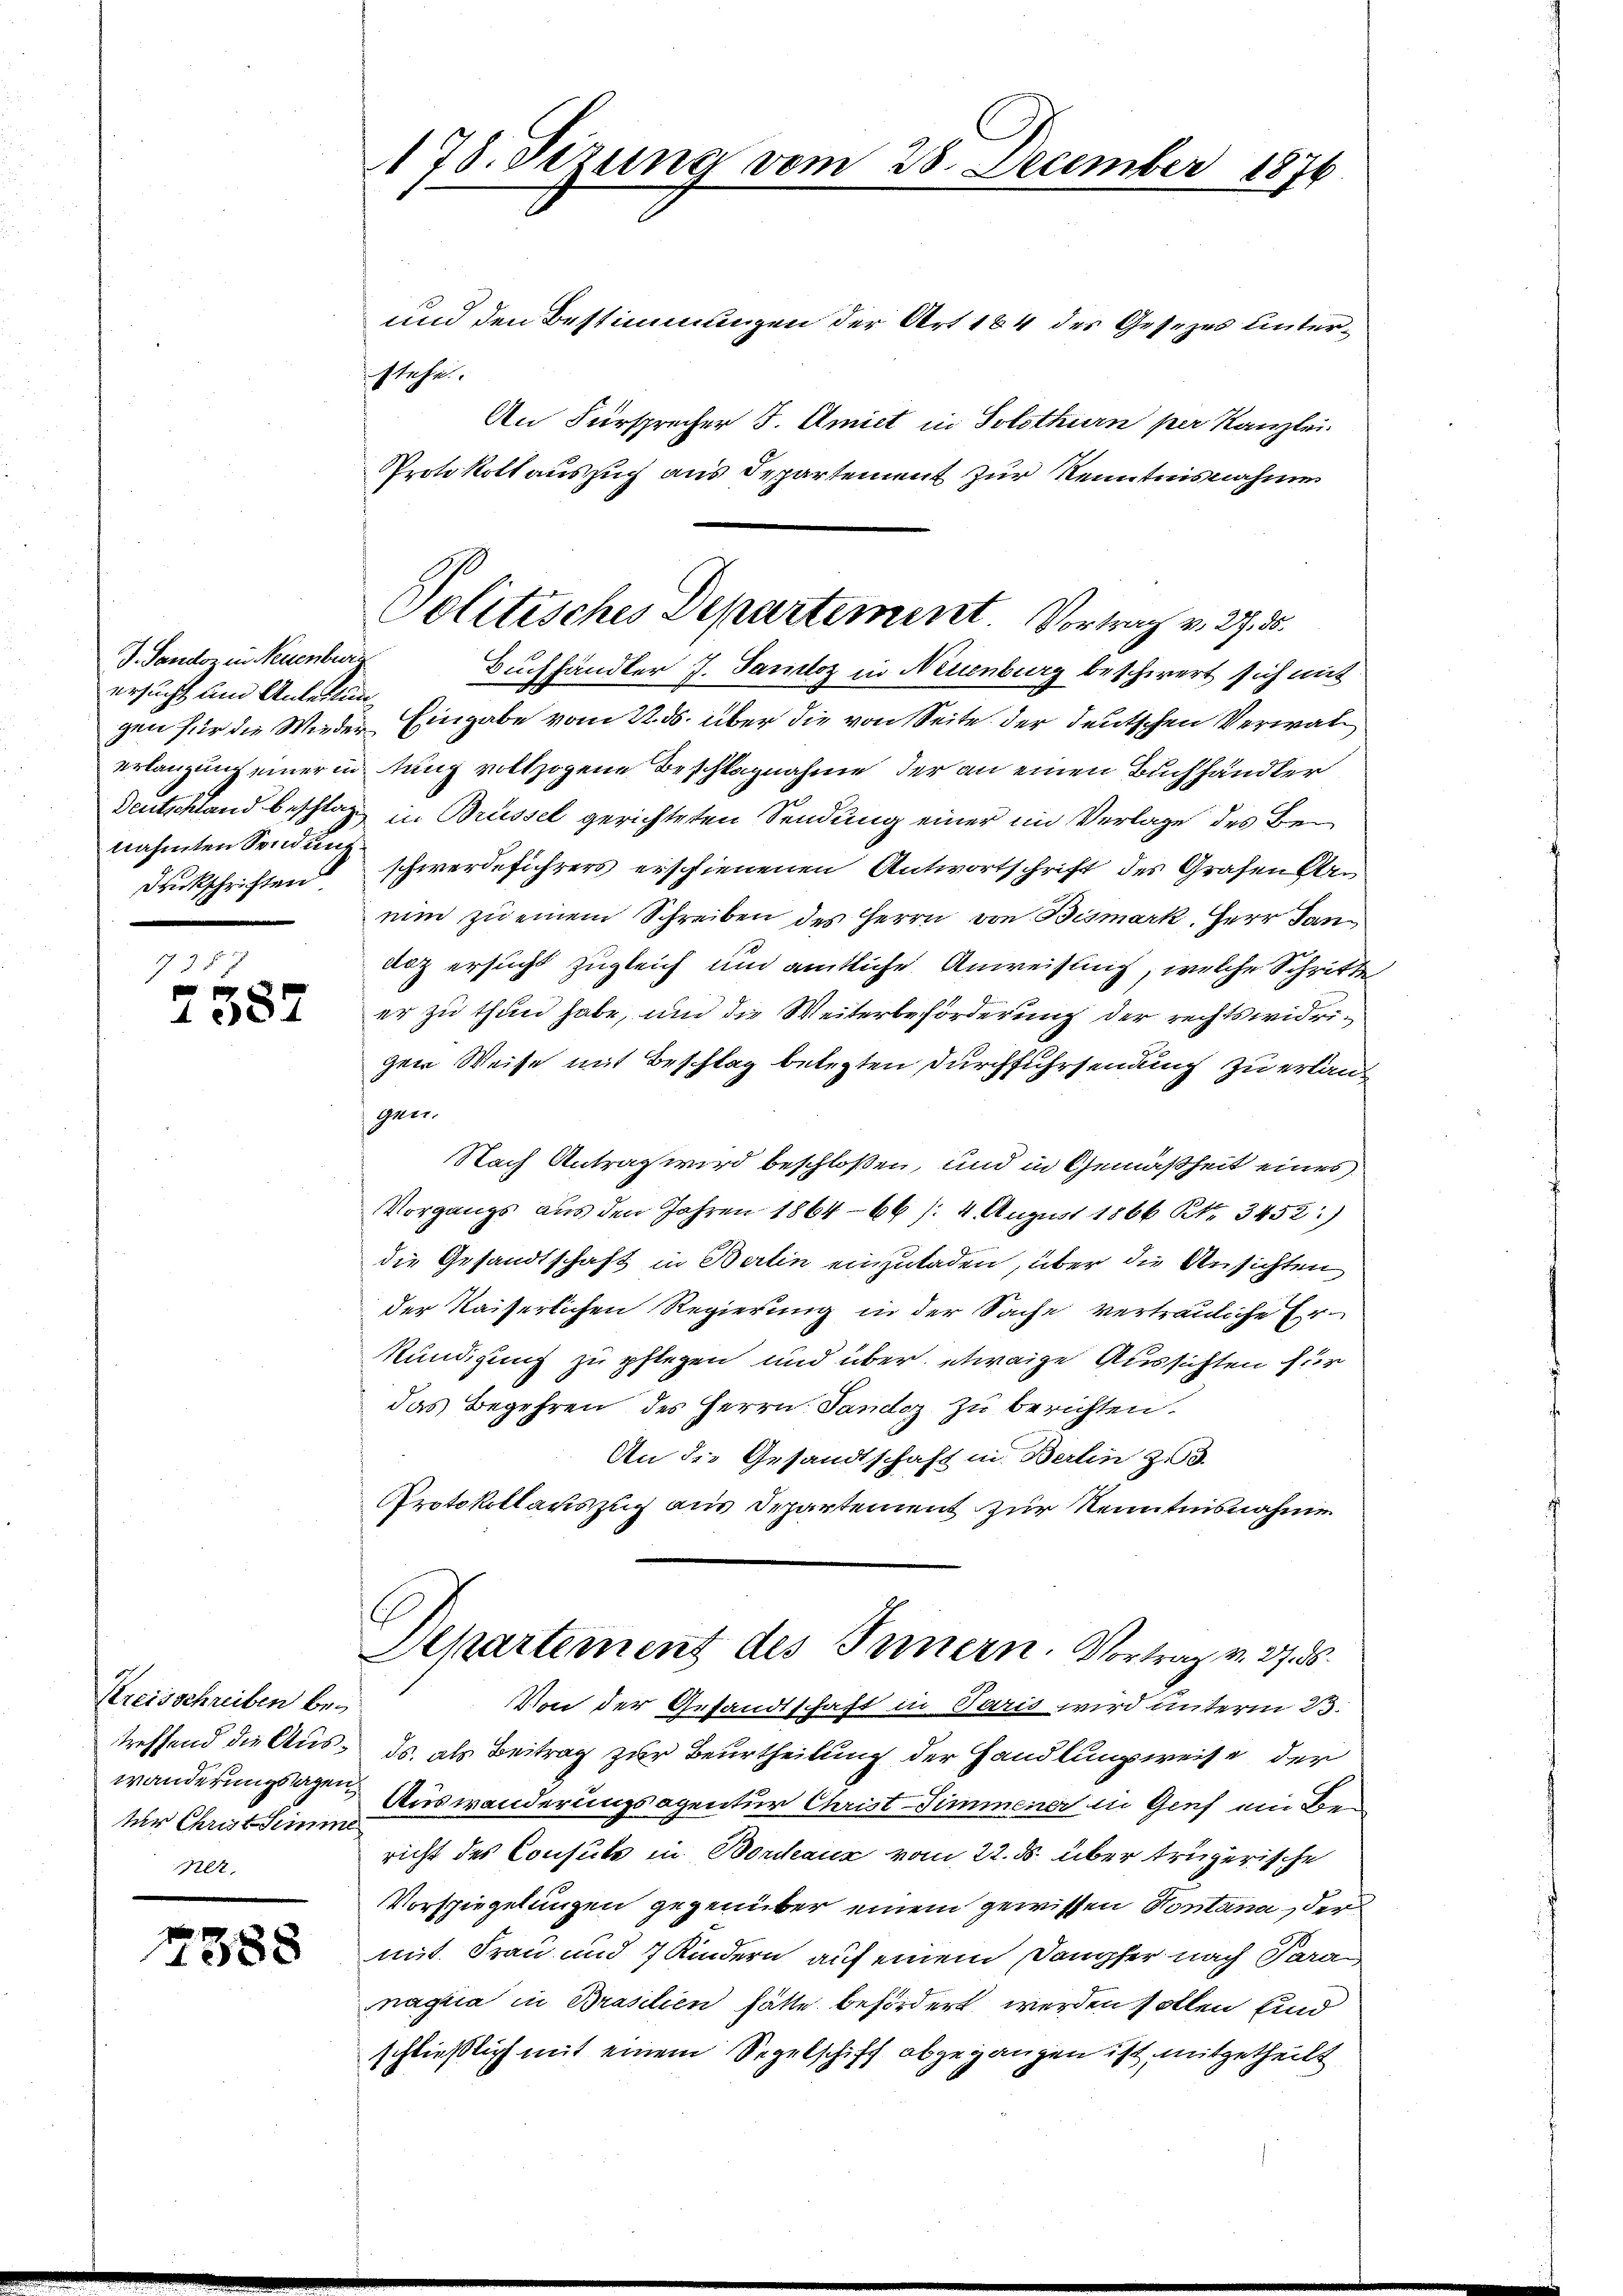
178. Sezung vom 28. December 1876.

und den Bestimmungen der Art 184 des Gesezes unterstehe.
An Fürsprecher J. Amiet in Solothurn per Kanzlei
Protokoll auszug aus Departement zur Kenntnisnahme
Buchhändler J. Sanloz in Neuenburg beschwert sich mit
gen für die Wieder Eingabe vom 22. ds. über die von Seite der deutschen Verwaltung vollzogene Beschlagnahme der an einen Buchhändler
in Brüssel gerichteten Sendung einer im Verlage des Be¬
Duckschriften schwerdeführers erschienenen Antwortschrift des Grafen Arnum zu einem Schreiben des Herrn von Bismark, Herr Jan
doz ersucht zugleich und amtliche Anweisung, welche Schritte
er zu thun habe, und die Weiterbeförderung der rechtswidrigen Weise mit Beschlag belegten Durchfuhrsendung zu erlauf
gen.
Nach Antrag wird beschloßen, und in Gemäßheit eines
Vorgangs aus den Jahren 1864-66 /: 4. August 1866 Kt. 3452:)
die Gesandtschaft in Berlin einzuladen, über die Ansichten
der Kaiserlichen Regierung in der Sache vertrauliche Er¬
Kündigung zu pflegen und über etwaige Aussichten für
das Begehren des Herrn Pandoz zu berichten.
An die Gesandtschaft in Berlin zu 3
Protokollauszug aus Departement zur Kenntnisnahme
Aepartement des Innern. Vortrag v. 37. ds.
Von der Gesandtschaft in Paris wird unterm 23.
ds. als Beitrag zur Beurtheilung der Handlungsweise der
Auswanderungsagentur Christ Simmene in Genf ein Bericht des Consuls in Bordeaux vom 22. ds. über trügerische
Vorspiegelungen gegenüber einem gewissen Kontana, der
mit Frau und 7 Kindern auf einem Dampfer nach Paran
nagica in Brasilien hätte befördert werden sollen sind
schließlich mit einem Sepelschiff abgegangen ist, mitgetheilt

Politisches Departement. Vortrag v. 27. 30.

J. Landoz in Neuenburg
ersucht und Anleitung
erlangung einer in
Deutschland beschlag
nahmten Sendung.

738 x
e
1387

Kreisschreiben be-
treffend die Auswanderungslagen
tur Christ Simme
Net.

7388